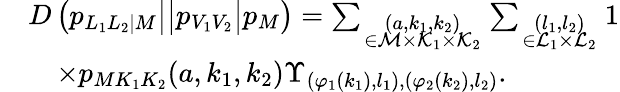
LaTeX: \begin{array}{rl}&{\left.\left.\left.D\left(p_{L_{1}L_{2}|M}\right|\right|p_{V_{1}V_{2}}\right|p_{M}\right)=\sum_{\scriptstyle(a,k_{1},k_{2})\atop{\scriptstyle\in{\cal M}\times{\cal K}_{1}\times{\cal K}_{2}}}\sum_{\scriptstyle(l_{1},l_{2})\atop{\scriptstyle\in{\cal L}_{1}\times{\cal L}_{2}}}1}\\ &{\quad\times p_{MK_{1}K_{2}}(a,k_{1},k_{2})\Upsilon_{(\varphi_{1}(k_{1}),l_{1}),(\varphi_{2}(k_{2}),l_{2})}.}\end{array}